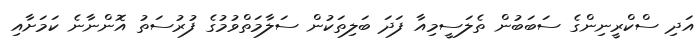
އަދި ސްކްރީނިންގެ ސަބަބުން ތެލަސީމިއާ ފަދަ ބަލިތަކުން ސަލާމަތްވުމުގެ ފުރުސަތު އޮންނާނެ ކަަމަށާއި